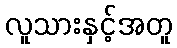
လူသားနှင့်အတူ